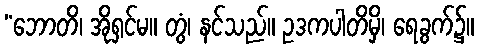
“ဘောတိ၊ အိုရှင်မ။ တွံ၊ နင်သည်။ ဥဒကပါတိမှိ၊ ရေခွက်၌။